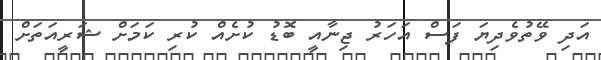
އަދި ވޭތުވެދިޔަ ފަސް އަހަރު ޖިނާއީ ބޮޑު ކުށެއް ކުރި ކަމަށް ޝަރީއަތަށް